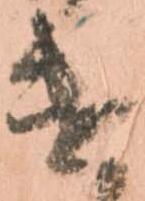
遣